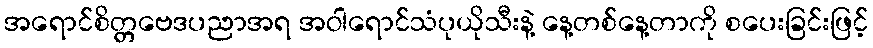
အရောင်စိတ္တဗေဒပညာအရ အဝါရောင်သံပုယိုသီးနဲ့ နေ့တစ်နေ့တာကို စပေးခြင်းဖြင့်